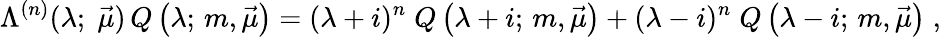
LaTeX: \Lambda^{(n)}(\lambda;\; \vec{\mu})\, Q\left(\lambda;\, m,\vec{\mu}\right)=(\lambda+i)^{n}\; Q\left(\lambda+i;\, m,\vec{\mu}\right)+(\lambda-i)^{n}\; Q\left(\lambda-i;\, m,\vec{\mu}\right)\; ,